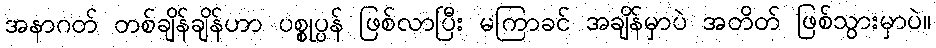
အနာဂတ် တစ်ချိန်ချိန်ဟာ ပစ္စုပ္ပန် ဖြစ်လာပြီး မကြာခင် အချိန်မှာပဲ အတိတ် ဖြစ်သွားမှာပဲ။